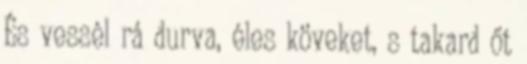
És vessél rá durva, éles köveket, s takard őt